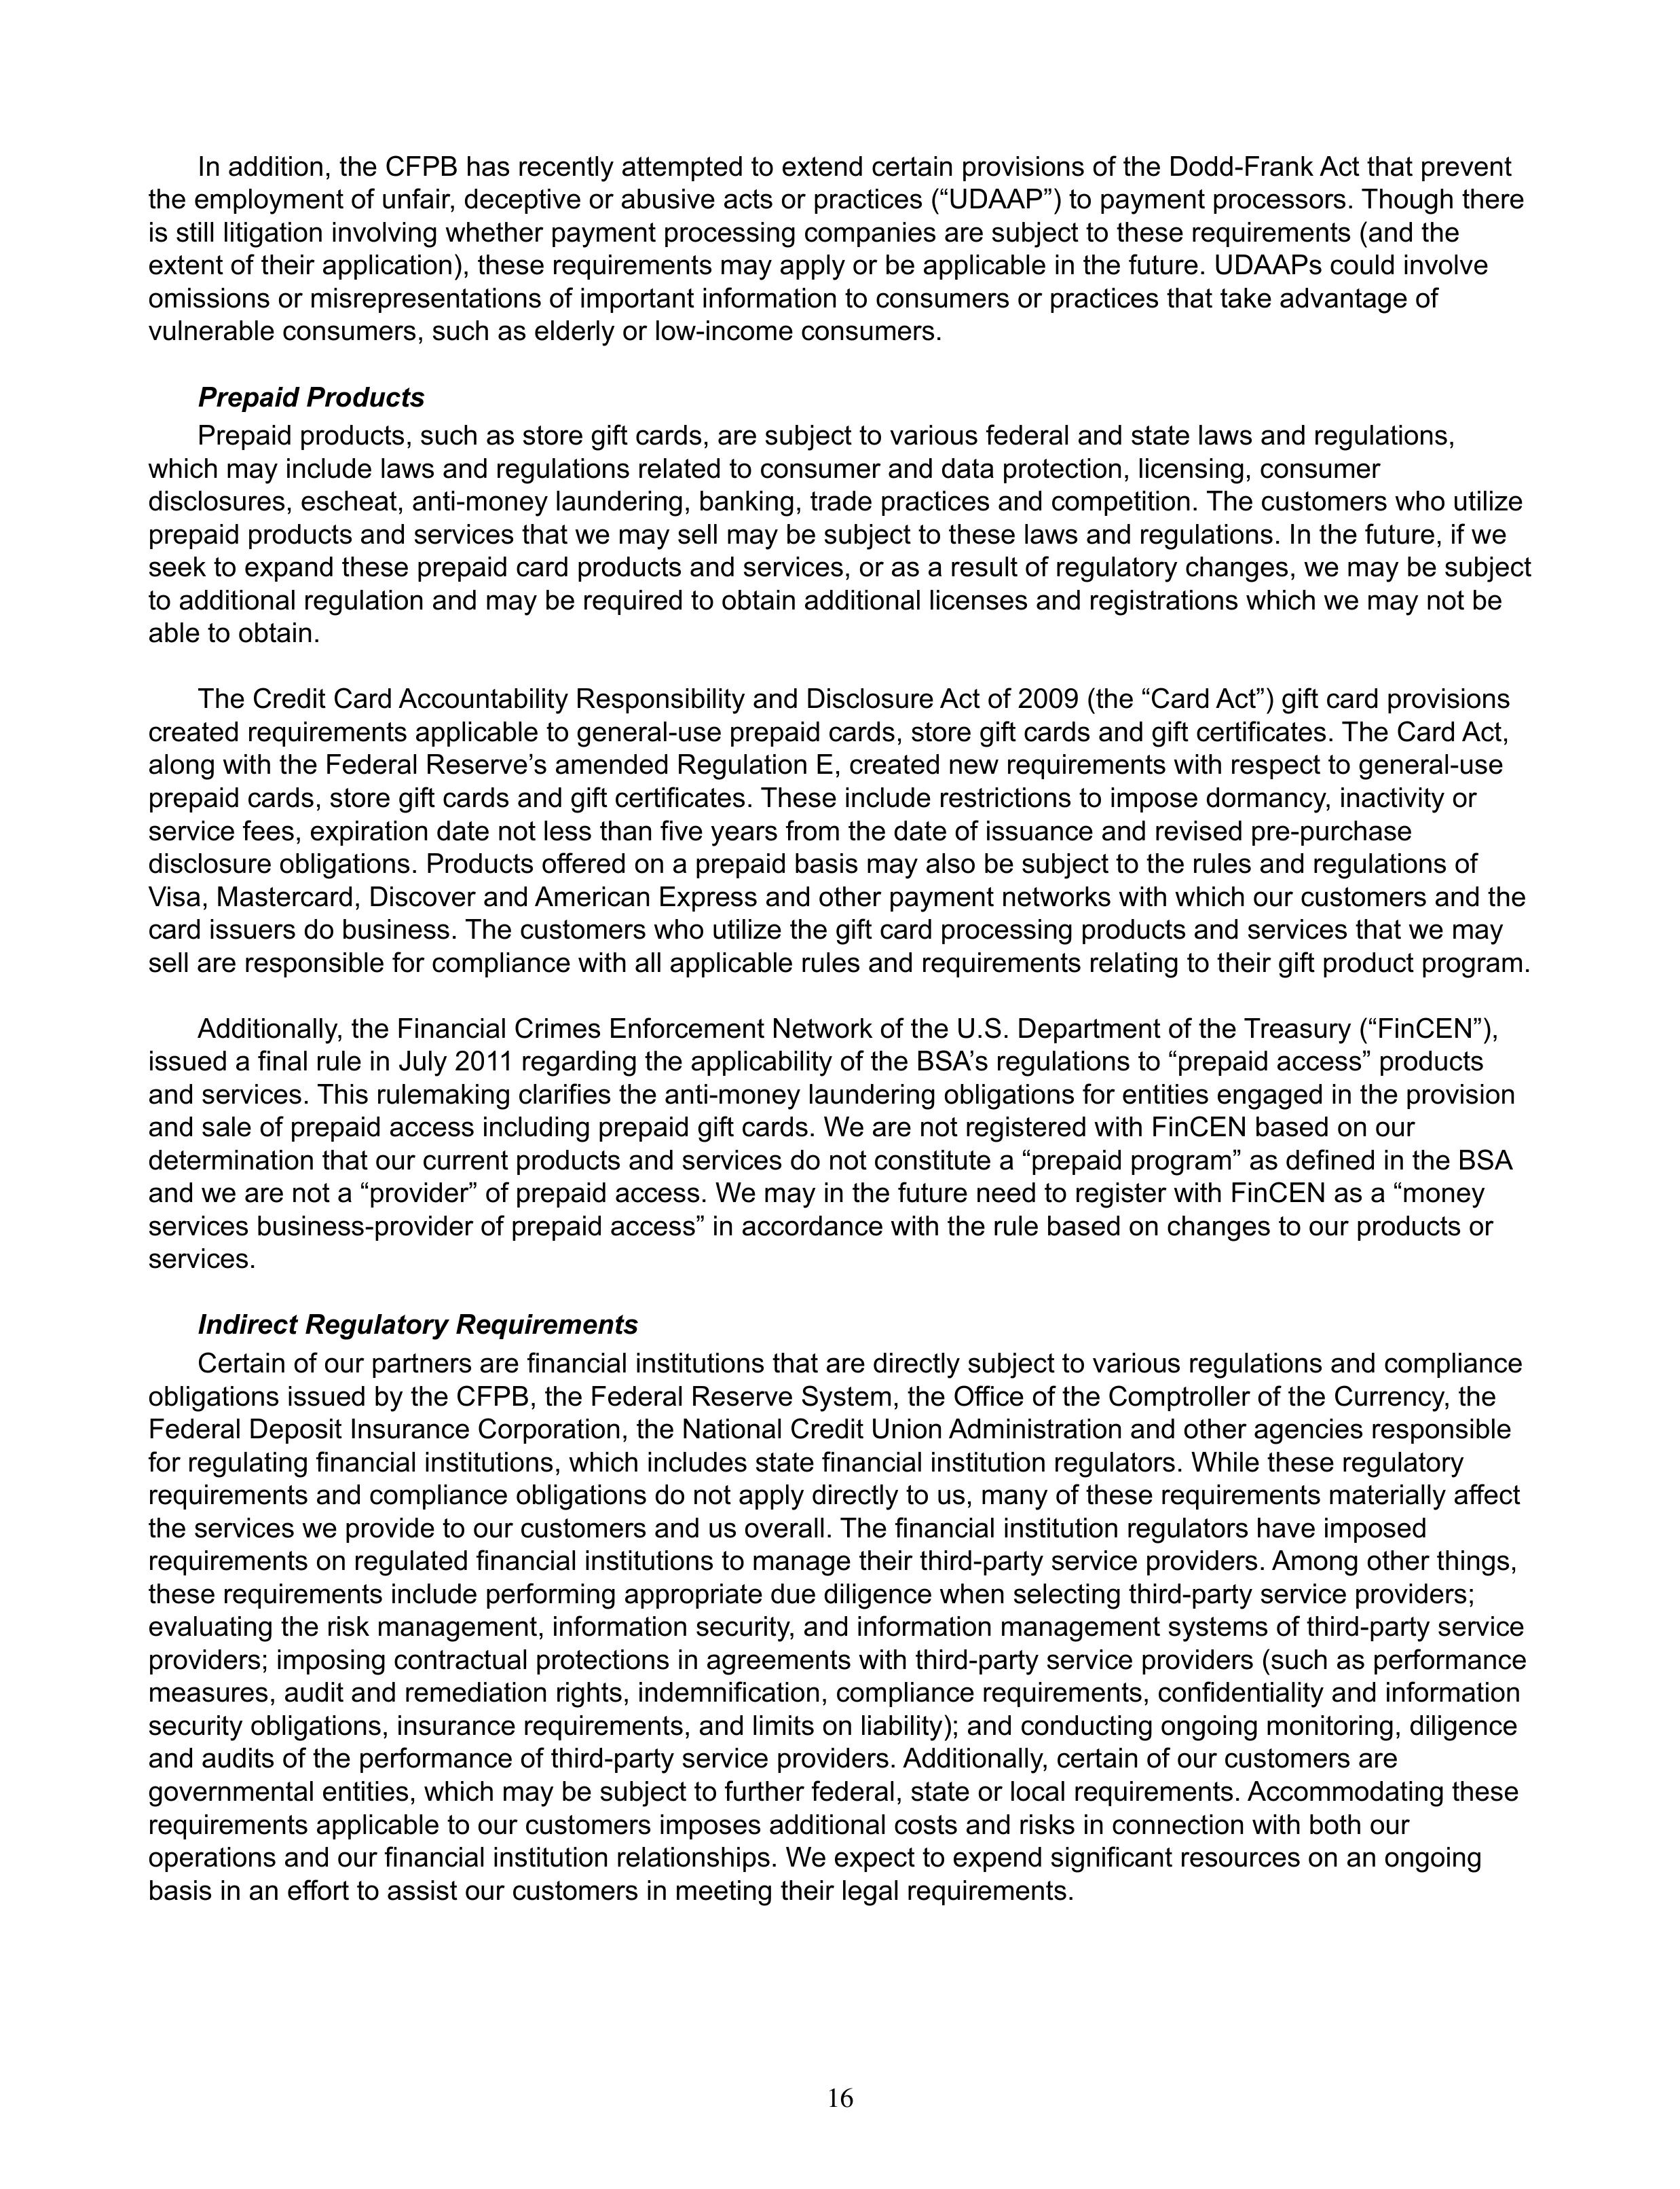
In addition, the CFPB has recently attempted to extend certain provisions of the Dodd-Frank Act that prevent
the employment of unfair, deceptive or abusive acts or practices (“UDAAP”) to payment processors. Though there
is still litigation involving whether payment processing companies are subject to these requirements (and the
extent of their application), these requirements may apply or be applicable in the future. UDAAPs could involve
omissions or misrepresentations of important information to consumers or practices that take advantage of
vulnerable consumers, such as elderly or low-income consumers.

Prepaid Products

Prepaid products, such as store gift cards, are subject to various federal and state laws and regulations,
which may include laws and regulations related to consumer and data protection, licensing, consumer
disclosures, escheat, anti-money laundering, banking, trade practices and competition. The customers who utilize
prepaid products and services that we may sell may be subject to these laws and regulations. In the future, if we
seek to expand these prepaid card products and services, or as a result of regulatory changes, we may be subject
to additional regulation and may be required to obtain additional licenses and registrations which we may not be
able to obtain.

The Credit Card Accountability Responsibility and Disclosure Act of 2009 (the “Card Act”) gift card provisions
created requirements applicable to general-use prepaid cards, store gift cards and gift certificates. The Card Act,
along with the Federal Reserve’s amended Regulation E, created new requirements with respect to general-use
prepaid cards, store gift cards and gift certificates. These include restrictions to impose dormancy, inactivity or
service fees, expiration date not less than five years from the date of issuance and revised pre-purchase
disclosure obligations. Products offered on a prepaid basis may also be subject to the rules and regulations of
Visa, Mastercard, Discover and American Express and other payment networks with which our customers and the
card issuers do business. The customers who utilize the gift card processing products and services that we may
sell are responsible for compliance with all applicable rules and requirements relating to their gift product program.

Additionally, the Financial Crimes Enforcement Network of the U.S. Department of the Treasury (“FinCEN”),
issued a final rule in July 2011 regarding the applicability of the BSA’s regulations to “prepaid access” products
and services. This rulemaking clarifies the anti-money laundering obligations for entities engaged in the provision
and sale of prepaid access including prepaid gift cards. We are not registered with FinCEN based on our
determination that our current products and services do not constitute a “prepaid program” as defined in the BSA
and we are not a “provider” of prepaid access. We may in the future need to register with FinCEN as a “money
services business-provider of prepaid access” in accordance with the rule based on changes to our products or
services.

Indirect Regulatory Requirements

Certain of our partners are financial institutions that are directly subject to various regulations and compliance
obligations issued by the CFPB, the Federal Reserve System, the Office of the Comptroller of the Currency, the
Federal Deposit Insurance Corporation, the National Credit Union Administration and other agencies responsible
for regulating financial institutions, which includes state financial institution regulators. While these regulatory
requirements and compliance obligations do not apply directly to us, many of these requirements materially affect
the services we provide to our customers and us overall. The financial institution regulators have imposed
requirements on regulated financial institutions to manage their third-party service providers. Among other things,
these requirements include performing appropriate due diligence when selecting third-party service providers;
evaluating the risk management, information security, and information management systems of third-party service
providers; imposing contractual protections in agreements with third-party service providers (such as performance
measures, audit and remediation rights, indemnification, compliance requirements, confidentiality and information
security obligations, insurance requirements, and limits on liability); and conducting ongoing monitoring, diligence
and audits of the performance of third-party service providers. Additionally, certain of our customers are
governmental entities, which may be subject to further federal, state or local requirements. Accommodating these
requirements applicable to our customers imposes additional costs and risks in connection with both our
operations and our financial institution relationships. We expect to expend significant resources on an ongoing
basis in an effort to assist our customers in meeting their legal requirements.

16